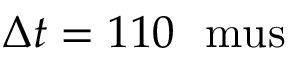
\Delta t = 1 1 0 ~ \mathrm { \ m u s }